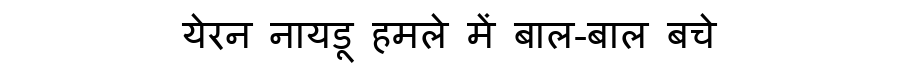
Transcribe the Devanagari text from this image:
येरन नायडू हमले में बाल-बाल बचे